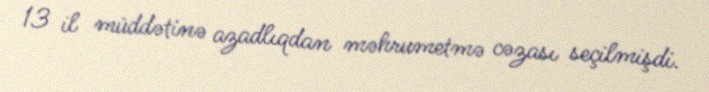
13 il müddətinə azadlıqdan məhrumetmə cəzası seçilmişdi.